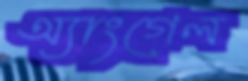
অ্যাংগেল